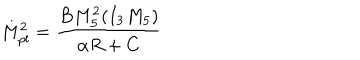
M _ { p l } ^ { 2 } = \frac { B M _ { 5 } ^ { 2 } ( I _ { 3 } M _ { 5 } ) } { \alpha R + C }